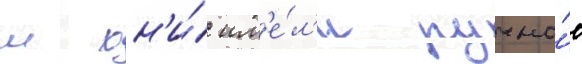
м он'и́ им'е́л'и ручно́е